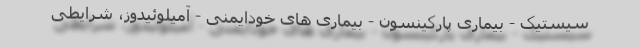
سیستیک - بیماری پارکینسون - بیماری های خودایمنی - آمیلوئیدوز، شرایطی